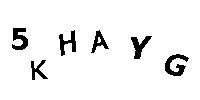
5KHAYG